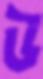
উ